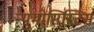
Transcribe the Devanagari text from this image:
न्युमोसिस्टिस